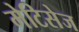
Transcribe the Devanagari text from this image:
मेटिसेज